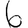
Digit: 6